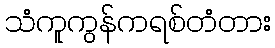
သံကူကွန်ကရစ်တံတား